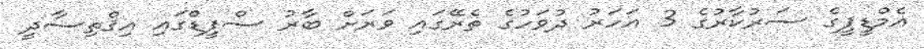
އެމްޑީޕީގެ ސަރުކާރުގެ 3 އަހަރު ދުވަހުގެ ތެރޭގައި ވަރަށް ބާރު ސްޕީޑްގައި އިޤްތިސާދީ